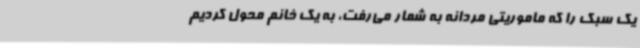
یک سبک را که ماموریتی مردانه به شمار می‌رفت، به یک خانم محول کردیم